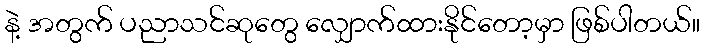
နဲ့ အတွက် ပညာသင်ဆုတွေ လျှောက်ထားနိုင်တော့မှာ ဖြစ်ပါတယ်။